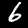
Digit: 6